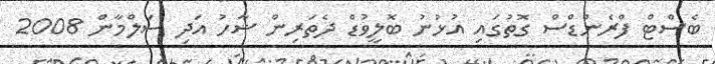
ބެސްޓް ފްރެންޑްސް ގޮތުގައި އުޅުނު ބޮލީވުޑް ދެތަރިން ޝާހު އަދި ސަލްމާން 2008